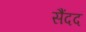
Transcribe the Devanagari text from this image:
सैंदद